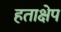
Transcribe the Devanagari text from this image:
हताक्षेप